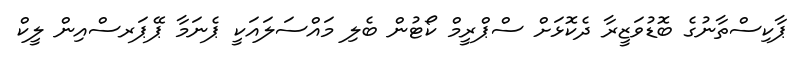
ޕާކިސްތާނުގެ ބޮޑުވަޒީރާ ދެކޮޅަށް ސްޕްރީމް ކޯޓުން ބެލި މައްސަލައަކީ ޕެނަމާ ޕޭޕަރސްއިން ލީކް